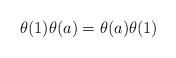
LaTeX: \begin{align*}\theta(1)\theta(a)=\theta(a)\theta(1)\end{align*}